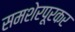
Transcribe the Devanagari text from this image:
समशेरपूरकर